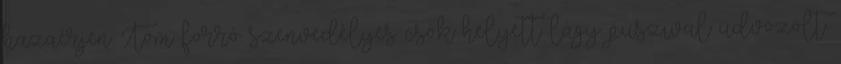
hazaérjen. Tom forró szenvedélyes csók helyett lágy puszival üdvözölt.